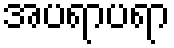
အပရာပရာ